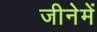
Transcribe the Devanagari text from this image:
जीनेमें